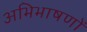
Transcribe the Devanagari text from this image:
अभिभाषणों